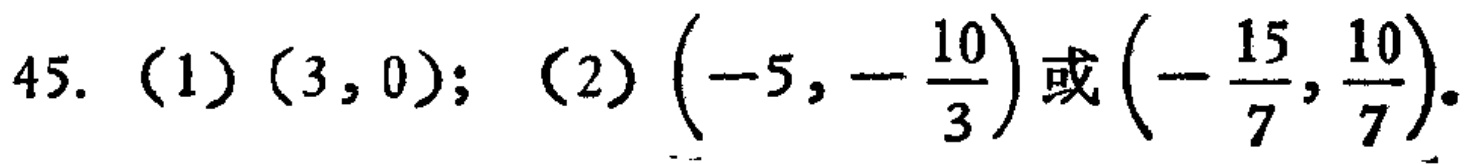
45. （1）$(3,0)$; （2）$\left(-5,-\dfrac{10}{3}\right)$或$\left(-\dfrac{15}{7},\dfrac{10}{7}\right)$.